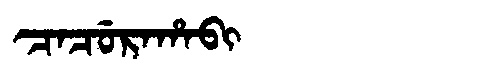
Manchu: ᠴᠠᠴᡠᡵᠠᡥᠠᠪᡳ
Romanization: CACURAHABI